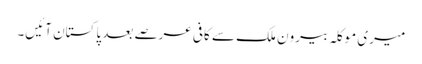
میری موکلہ بیرون ملک سے کافی عرصے بعد پاکستان آئیں۔